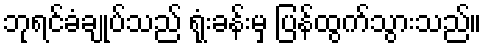
ဘုရင်ခံချုပ်သည် ရုံးခန်းမှ ပြန်ထွက်သွားသည်။